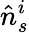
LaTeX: \hat{n}_{s}^{i}